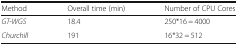
| Method | Overall time (min) | Number of CPU Cores |
 | --- | --- | --- |
 | GT-WGS | 18.4 | 250*16 = 4000 |
 | Churchill | 191 | 16*32 = 512 |